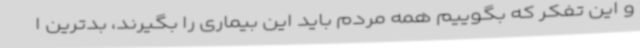
و این تفکر که بگوییم همه مردم باید این بیماری را بگیرند، بدترین ا